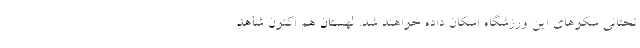
تحتانی سکوهای این ورزشگاه اسکان داده خواهند شد. لهستان هم اکنون شاهد